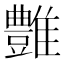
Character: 𩁑